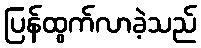
ပြန်ထွက်လာခဲ့သည်